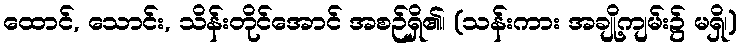
ထောင်, သောင်း, သိန်းတိုင်အောင် အစဉ်ရှိ၏၊ (သန်းကား အချို့ကျမ်း၌ မရှိ၊)